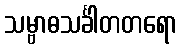
သမ္ဗာဓသင်္ခါတတရော